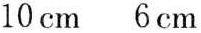
10cm 6cm